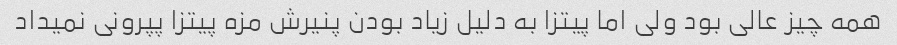
همه چیز عالی بود ولی اما پیتزا به دلیل زیاد بودن پنیرش مزه پیتزا پپرونی نمیداد